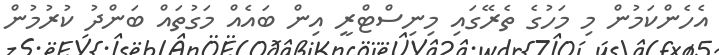
އެހެންކަމުން މި މަހުގެ ތެރޭގައި މިނިސްޓްރީ އިން ބައެއް މަގުތައް ބަންދު ކުރުމުން